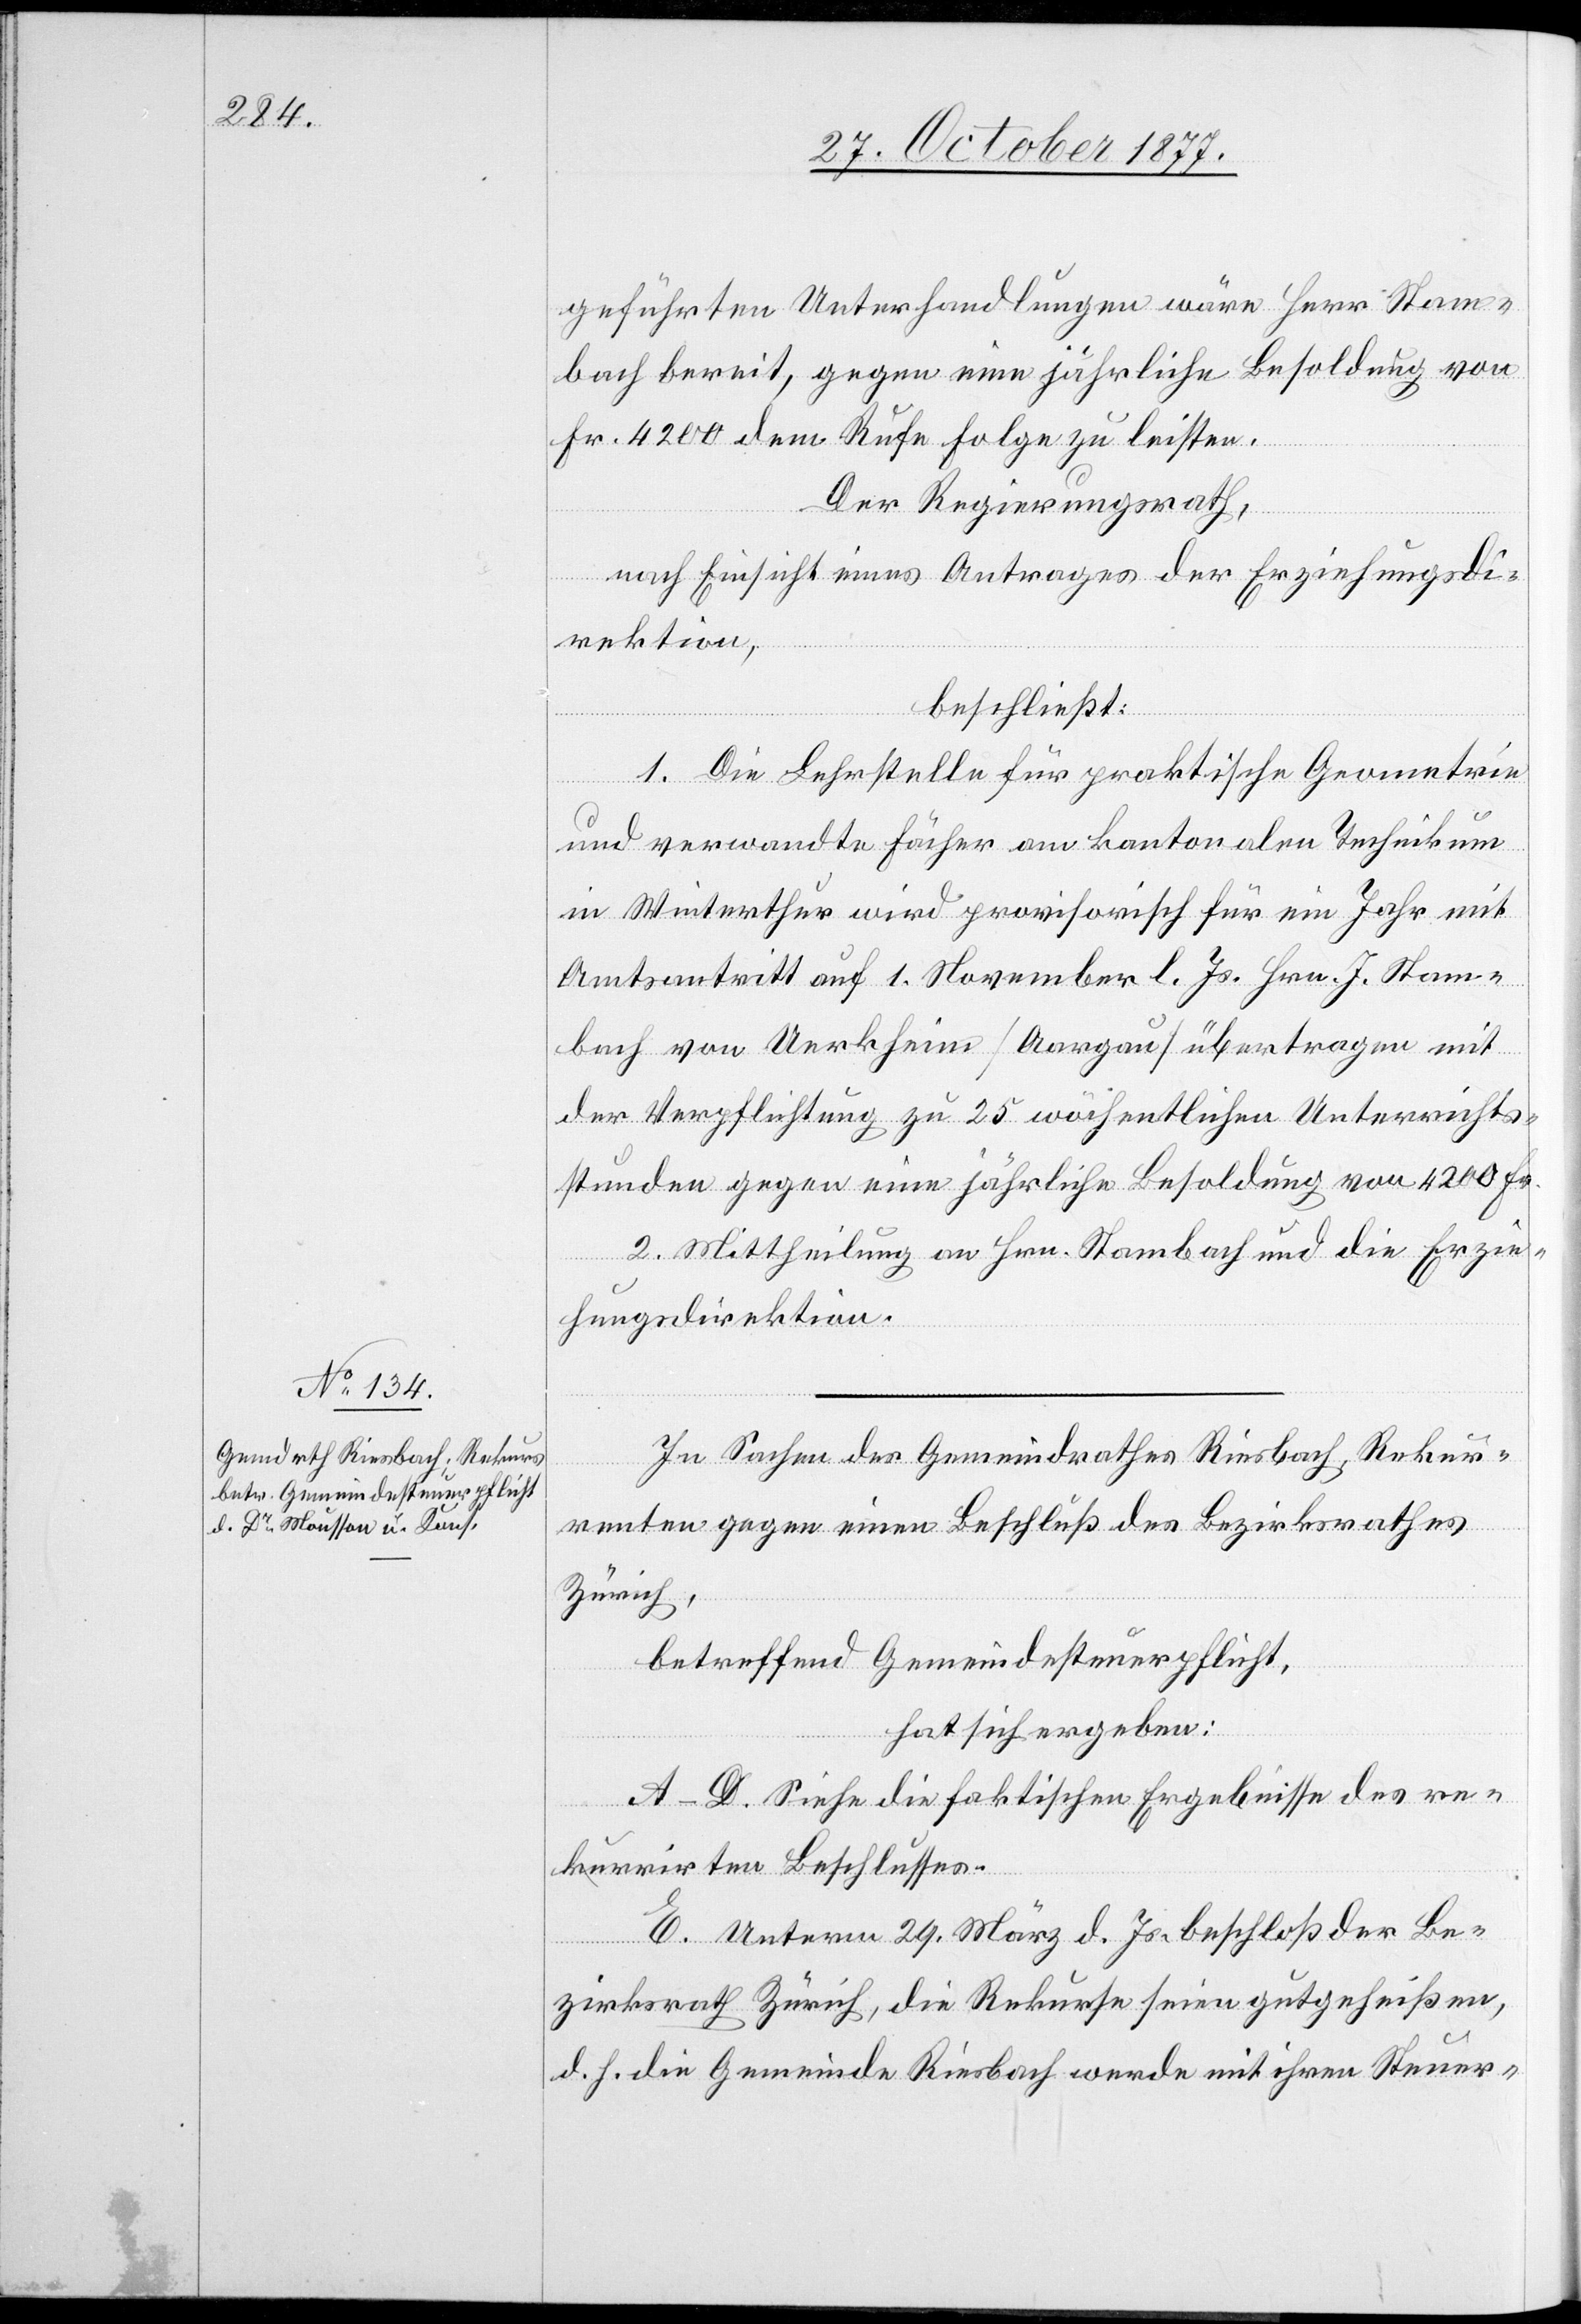
geführten Unterhandlungen wäre Herr Stam¬
bach bereit, gegen eine jährliche Besoldung von
Fr. 4200 dem Rufe Folge zu leisten.
Der Regierungsrath,
nach Einsicht eines Antrages der Erziehungsdi¬
rektion,
beschließt:
1. Die Lehrstelle für praktische Geometrie
und verwandte Fächer am kantonalen Technikum
in Winterthur wird provisorisch für ein Jahr mit
Amtsantritt auf 1. November l. Js. Hrn. J. Stam¬
bach von Uerkheim [Aargau] übertragen mit
der Verpflichtung zu 25 wöchentlichen Unterrichts¬
stunden gegen eine jährliche Besoldung von 4200 Fr.
2. Mittheilung an Hrn. Stambach und die Erzie¬
hungsdirektion.
In Sachen des Gemeindrathes Riesbach, Rekur¬
renten gegen einen Beschluß des Bezirksrathes
Zürich,
betreffend Gemeindesteuerpflicht,
hat sich ergeben:
A–D. Siehe die faktischen Ergebnisse des re¬
kurrirten Beschlusses.
E. Unterm 29. März d. Js. beschloß der Be¬
zirksrath Zürich, die Rekurse seien gutgeheißen,
d. h. die Gemeinde Riesbach werde mit ihren Steuer-